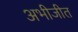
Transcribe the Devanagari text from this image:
अभीजीत